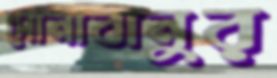
সোনাবানুর